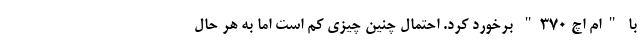
با "ام اچ ۳۷۰" برخورد کرد. احتمال چنین چیزی کم است اما به هر حال